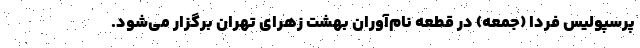
پرسپولیس فردا (جمعه) در قطعه نام‌آوران بهشت زهرای تهران برگزار می‌شود.